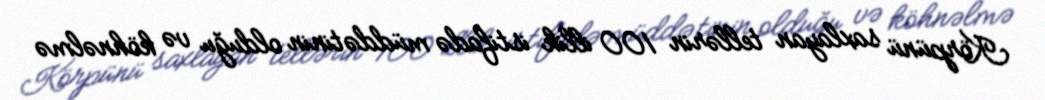
Körpünü saxlayan tellərin 100 illik istifadə müddətinin olduğu və köhnəlmə